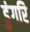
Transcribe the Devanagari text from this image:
डुंगरि